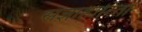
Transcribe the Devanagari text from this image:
संज्ञाहारिता